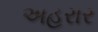
અહરાર